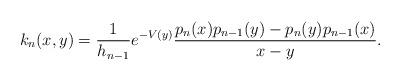
LaTeX: \begin{align*}k_n(x,y)=\frac{1}{h_{n-1}}e^{-V(y)}\frac{p_n(x)p_{n-1}(y)-p_n(y)p_{n-1}(x)}{x-y}.\end{align*}